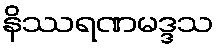
နိဿရဏမဒ္ဒသ